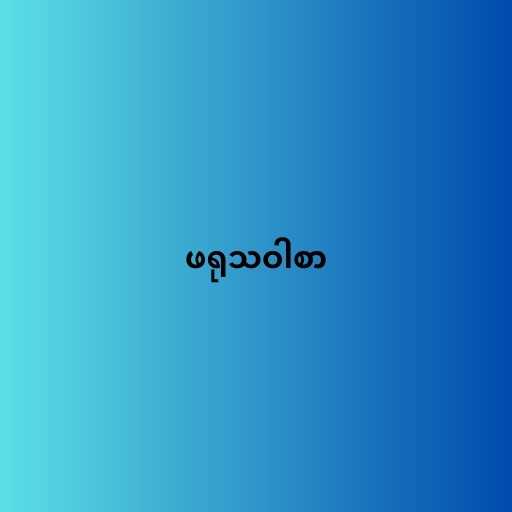
ဖရုသဝါစာ